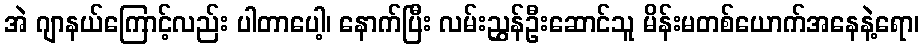
အဲ ဂျာနယ်ကြောင့်လည်း ပါတာပေါ့၊ နောက်ပြီး လမ်းညွှန်ဦးဆောင်သူ မိန်းမတစ်ယောက်အနေနဲ့ရော၊